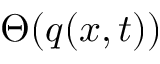
\Theta ( \boldsymbol { q } ( \boldsymbol { x } , t ) )